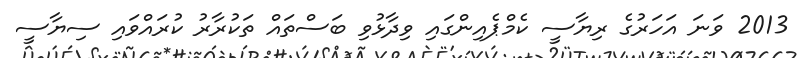
2013 ވަނަ އަހަރުގެ ރިޔާސީ ކެމްޕެއިންގައި ވިދާޅުވި ބަސްތައް ތަކުރާރު ކުރައްވައި ސިޔާސީ